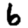
Digit: 6